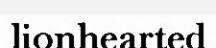
lionhearted